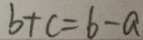
b + c = b - a